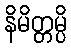
နိမိတ္တမ္ပိ